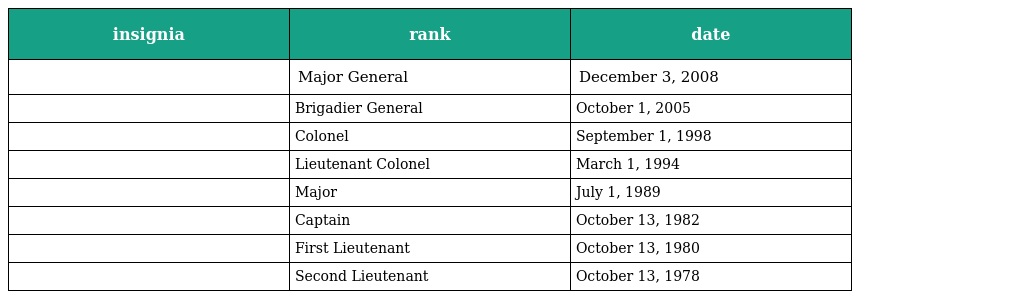
| insignia | rank | date |
 | --- | --- | --- |
 |  | Major General | December 3, 2008 |
 |  | Brigadier General | October 1, 2005 |
 |  | Colonel | September 1, 1998 |
 |  | Lieutenant Colonel | March 1, 1994 |
 |  | Major | July 1, 1989 |
 |  | Captain | October 13, 1982 |
 |  | First Lieutenant | October 13, 1980 |
 |  | Second Lieutenant | October 13, 1978 |